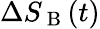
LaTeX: \Delta S_{\mathrm{~B~}}(t)